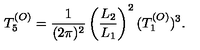
T _ { 5 } ^ { ( O ) } = { \frac { 1 } { ( 2 \pi ) ^ { 2 } } } \left( { \frac { L _ { 2 } } { L _ { 1 } } } \right) ^ { 2 } ( T _ { 1 } ^ { ( O ) } ) ^ { 3 } .